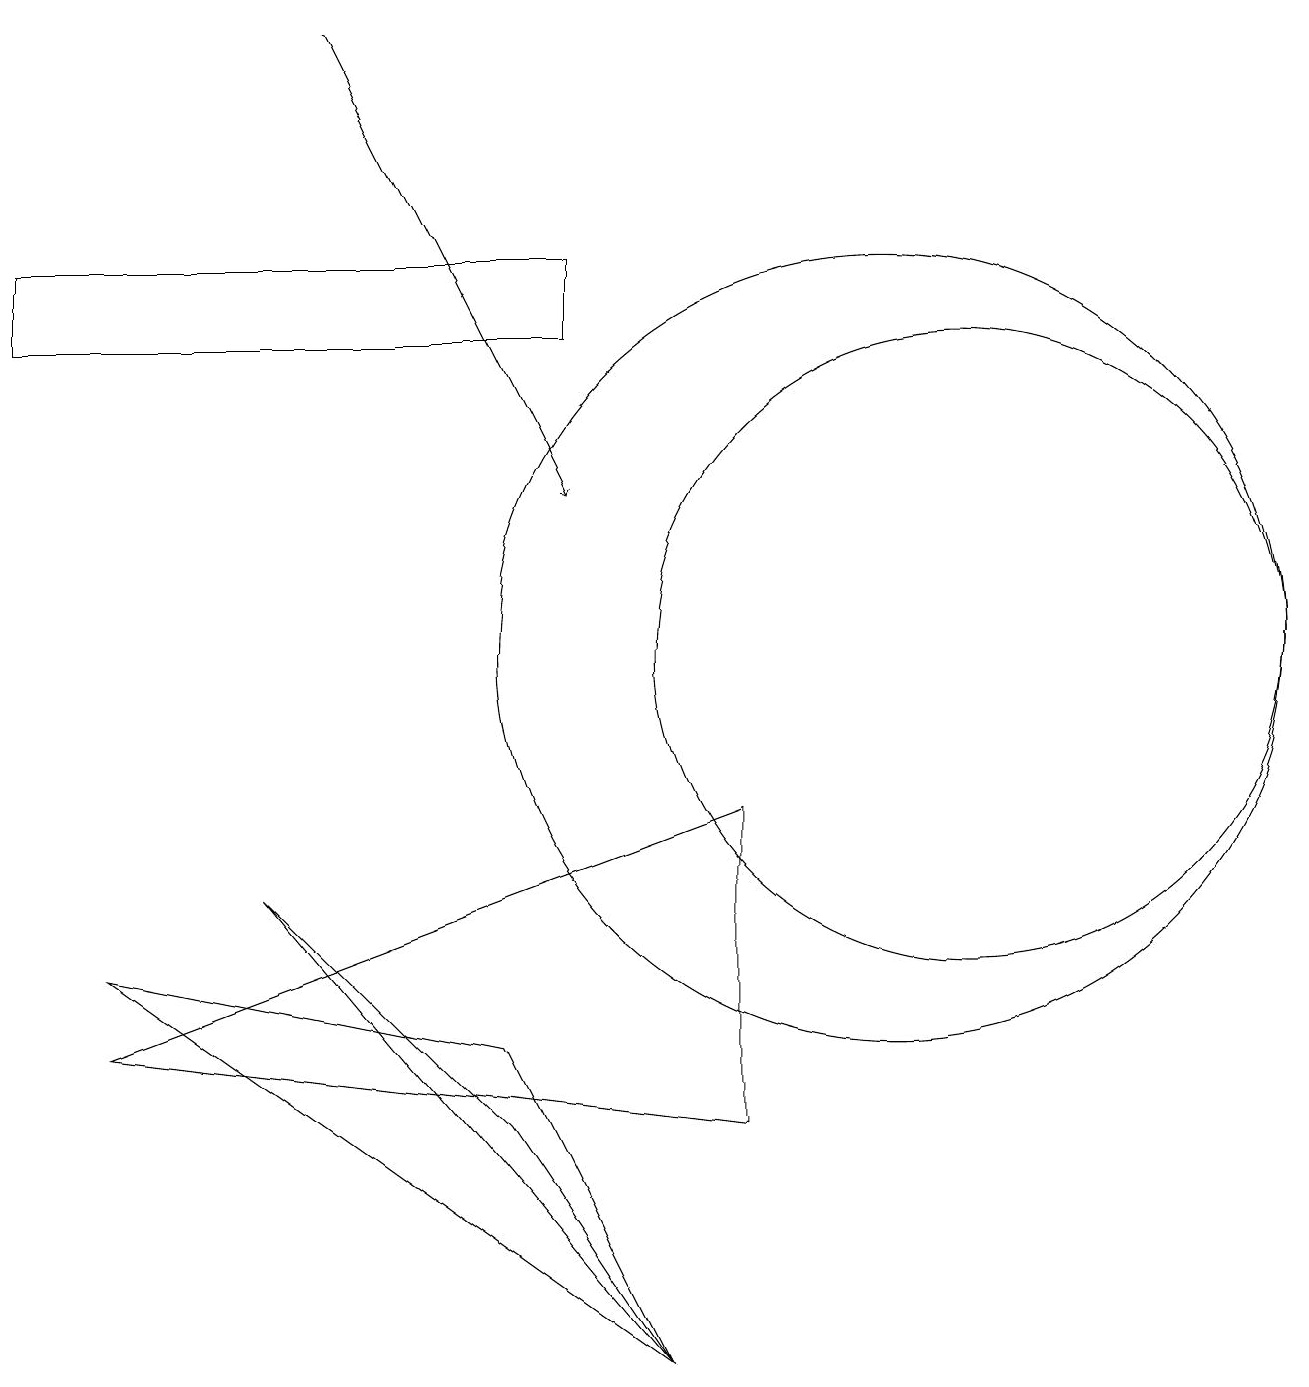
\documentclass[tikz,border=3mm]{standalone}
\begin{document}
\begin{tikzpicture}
\draw (12,11) circle (4);
\draw[->] (4,19) -- (7,13);
\draw (11,11) circle (5);
\draw (8,2) -- (6,5) -- (3,8) -- cycle;
\draw (6,6) -- (8,2) -- (1,7) -- cycle;
\draw (10,10) circle (0);
\draw (7,15) rectangle (0,16);
\draw (9,9) -- (1,6) -- (9,5) -- cycle;
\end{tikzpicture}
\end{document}